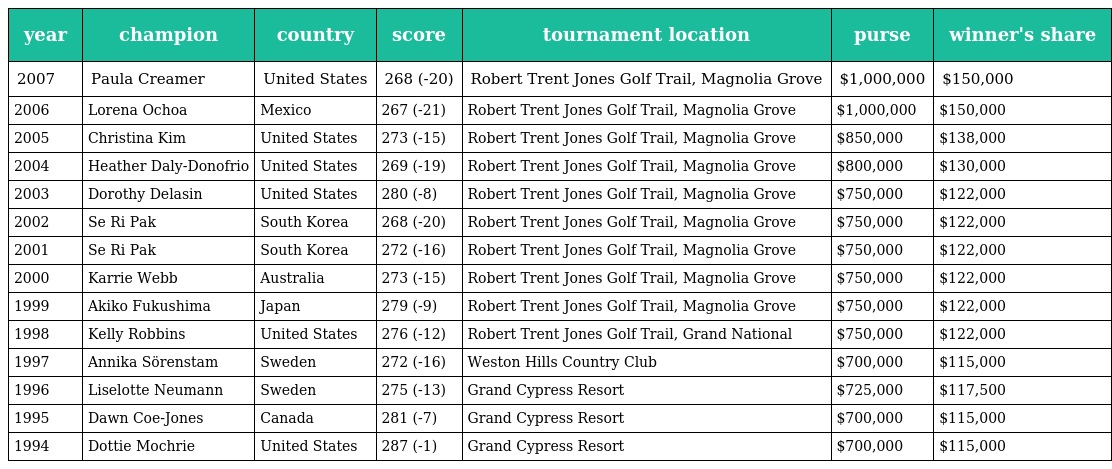
| year | champion | country | score | tournament location | purse | winner's share |
 | --- | --- | --- | --- | --- | --- | --- |
 | 2007 | Paula Creamer | United States | 268 (-20) | Robert Trent Jones Golf Trail, Magnolia Grove | $1,000,000 | $150,000 |
 | 2006 | Lorena Ochoa | Mexico | 267 (-21) | Robert Trent Jones Golf Trail, Magnolia Grove | $1,000,000 | $150,000 |
 | 2005 | Christina Kim | United States | 273 (-15) | Robert Trent Jones Golf Trail, Magnolia Grove | $850,000 | $138,000 |
 | 2004 | Heather Daly-Donofrio | United States | 269 (-19) | Robert Trent Jones Golf Trail, Magnolia Grove | $800,000 | $130,000 |
 | 2003 | Dorothy Delasin | United States | 280 (-8) | Robert Trent Jones Golf Trail, Magnolia Grove | $750,000 | $122,000 |
 | 2002 | Se Ri Pak | South Korea | 268 (-20) | Robert Trent Jones Golf Trail, Magnolia Grove | $750,000 | $122,000 |
 | 2001 | Se Ri Pak | South Korea | 272 (-16) | Robert Trent Jones Golf Trail, Magnolia Grove | $750,000 | $122,000 |
 | 2000 | Karrie Webb | Australia | 273 (-15) | Robert Trent Jones Golf Trail, Magnolia Grove | $750,000 | $122,000 |
 | 1999 | Akiko Fukushima | Japan | 279 (-9) | Robert Trent Jones Golf Trail, Magnolia Grove | $750,000 | $122,000 |
 | 1998 | Kelly Robbins | United States | 276 (-12) | Robert Trent Jones Golf Trail, Grand National | $750,000 | $122,000 |
 | 1997 | Annika Sörenstam | Sweden | 272 (-16) | Weston Hills Country Club | $700,000 | $115,000 |
 | 1996 | Liselotte Neumann | Sweden | 275 (-13) | Grand Cypress Resort | $725,000 | $117,500 |
 | 1995 | Dawn Coe-Jones | Canada | 281 (-7) | Grand Cypress Resort | $700,000 | $115,000 |
 | 1994 | Dottie Mochrie | United States | 287 (-1) | Grand Cypress Resort | $700,000 | $115,000 |